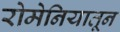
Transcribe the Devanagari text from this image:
रोमेनियातून